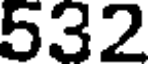
532